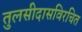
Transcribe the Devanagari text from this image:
तुलसीदासविरचित